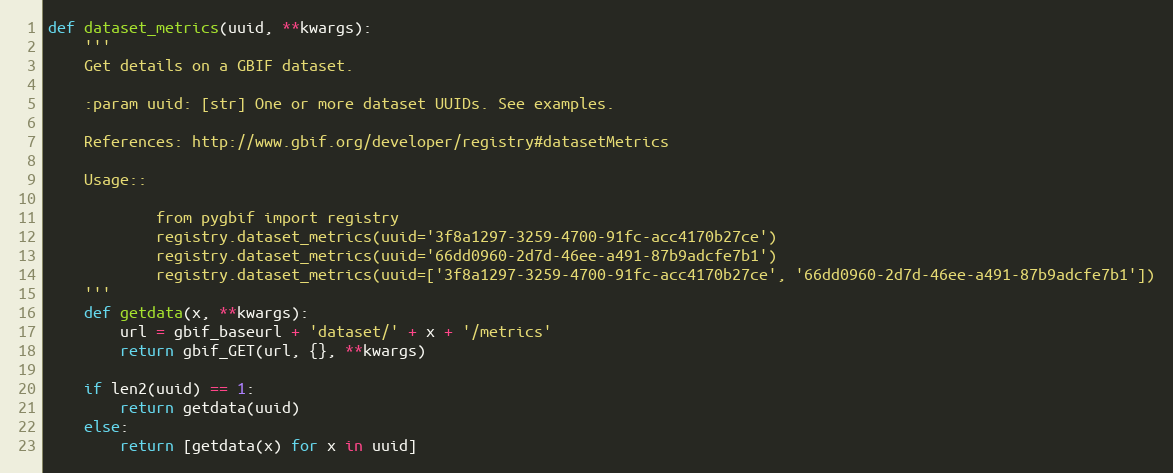
Language: Python
def dataset_metrics(uuid, **kwargs):
	'''
	Get details on a GBIF dataset.

	:param uuid: [str] One or more dataset UUIDs. See examples.

	References: http://www.gbif.org/developer/registry#datasetMetrics

	Usage::

			from pygbif import registry
			registry.dataset_metrics(uuid='3f8a1297-3259-4700-91fc-acc4170b27ce')
			registry.dataset_metrics(uuid='66dd0960-2d7d-46ee-a491-87b9adcfe7b1')
			registry.dataset_metrics(uuid=['3f8a1297-3259-4700-91fc-acc4170b27ce', '66dd0960-2d7d-46ee-a491-87b9adcfe7b1'])
	'''
	def getdata(x, **kwargs):
		url = gbif_baseurl + 'dataset/' + x + '/metrics'
		return gbif_GET(url, {}, **kwargs)

	if len2(uuid) == 1:
		return getdata(uuid)
	else:
		return [getdata(x) for x in uuid]